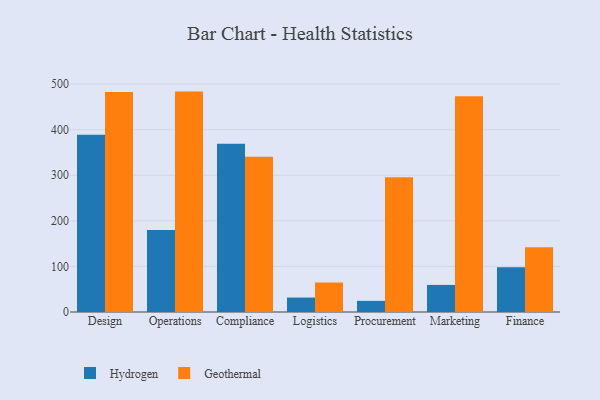
{"axis": {"x": "Department", "y": "Production Output"}, "legend": ["Geothermal", "Hydrogen"], "data": [{"x": "Design", "y": 389.1, "type": "Hydrogen"}, {"x": "Design", "y": 482.5, "type": "Geothermal"}, {"x": "Operations", "y": 180.0, "type": "Hydrogen"}, {"x": "Operations", "y": 483.6, "type": "Geothermal"}, {"x": "Compliance", "y": 369.1, "type": "Hydrogen"}, {"x": "Compliance", "y": 340.9, "type": "Geothermal"}, {"x": "Logistics", "y": 31.7, "type": "Hydrogen"}, {"x": "Logistics", "y": 64.7, "type": "Geothermal"}, {"x": "Procurement", "y": 24.5, "type": "Hydrogen"}, {"x": "Procurement", "y": 295.9, "type": "Geothermal"}, {"x": "Marketing", "y": 59.4, "type": "Hydrogen"}, {"x": "Marketing", "y": 473.5, "type": "Geothermal"}, {"x": "Finance", "y": 98.3, "type": "Hydrogen"}, {"x": "Finance", "y": 142.3, "type": "Geothermal"}]}